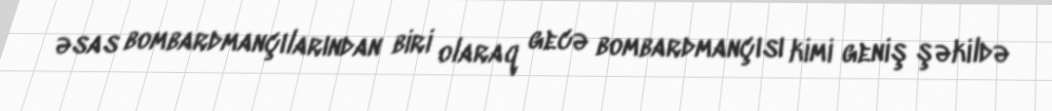
əsas bombardmançılarından biri olaraq gecə bombardmançısı kimi geniş şəkildə